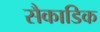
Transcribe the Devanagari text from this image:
सैकाडिक